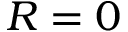
R = 0